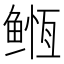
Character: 𱈇